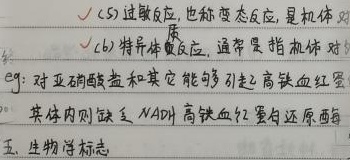
(5) 过敏反应，也称变态反应，是机体对
(6) 特异体质反应，通常是指机体对eg: 对亚硝酸盐和其它能够引起高铁血红蛋白其体内则缺乏NADH高铁血红蛋白还原酶五、生物学标志
\(\checkmark\)  \(\checkmark\)